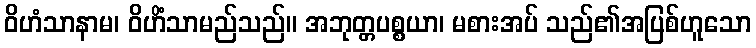
ဝိဟံသာနာမ၊ ဝိဟိံသာမည်သည်။ အဘုတ္တပစ္စယာ၊ မစားအပ် သည်၏အပြစ်ဟူသော